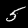
Digit: 5